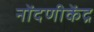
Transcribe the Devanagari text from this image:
नोंदणीकेंद्र